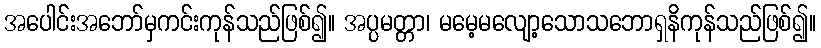
အပေါင်းအဘော်မှကင်းကုန်သည်ဖြစ်၍။ အပ္ပမတ္တာ၊ မမေ့မလျော့သောသဘောရှနိကုန်သည်ဖြစ်၍။